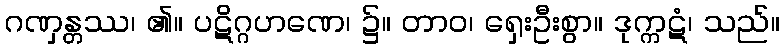
ဂဏှန္တဿ၊ ၏။ ပဋိဂ္ဂဟဏေ၊ ၌။ တာဝ၊ ရှေးဦးစွာ။ ဒုက္ကဋံ၊ သည်။